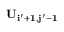
\bf { U } _ { i ^ { \prime } + 1 , j ^ { \prime } - 1 }